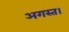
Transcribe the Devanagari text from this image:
अगस्त।